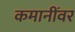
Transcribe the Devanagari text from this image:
कमानींवर